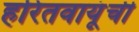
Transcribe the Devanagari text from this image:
हरितवायूंची